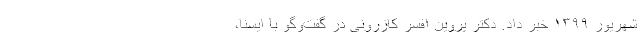
شهریور ۱۳۹۹ خبر داد. دکتر پروین افسر کازرونی در گفت‌وگو با ایسنا،